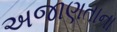
અજાણતાના